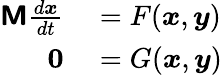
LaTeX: \begin{array}{rl}{\boldsymbol{\mathsf{M}}\frac{d\boldsymbol{x}}{dt}}&{{}=F(\boldsymbol{x},\boldsymbol{y})}\\ {\boldsymbol{0}}&{{}=G(\boldsymbol{x},\boldsymbol{y})}\end{array}